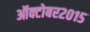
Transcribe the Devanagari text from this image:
ऑक्टोबर२०१५